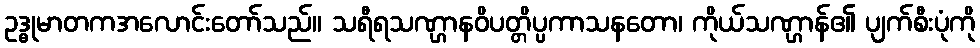
ဥဒ္ဓုမာတကအလောင်းတော်သည်။ သရီရသဏ္ဌာနဝိပတ္တိပ္ပကာသနတော၊ ကိုယ်သဏ္ဌာန်၏ ပျက်စီးပုံကို